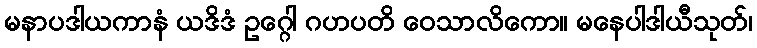
မနာပဒါယကာနံ ယဒိဒံ ဥဂ္ဂေါ ဂဟပတိ ဝေသာလိကော။ မနေပါဒါယီသုတ်၊